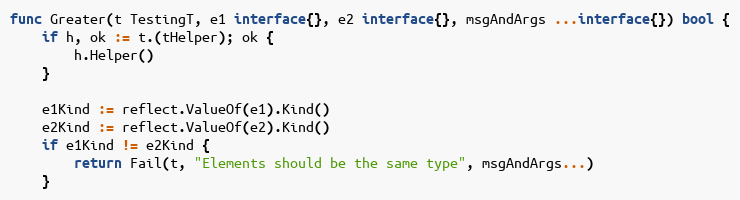
Language: Go
func Greater(t TestingT, e1 interface{}, e2 interface{}, msgAndArgs ...interface{}) bool {
	if h, ok := t.(tHelper); ok {
		h.Helper()
	}

	e1Kind := reflect.ValueOf(e1).Kind()
	e2Kind := reflect.ValueOf(e2).Kind()
	if e1Kind != e2Kind {
		return Fail(t, "Elements should be the same type", msgAndArgs...)
	}